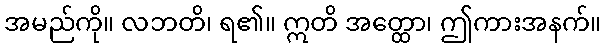
အမည်ကို။ လဘတိ၊ ရ၏။ ဣတိ အတ္ထော၊ ဤကားအနက်။